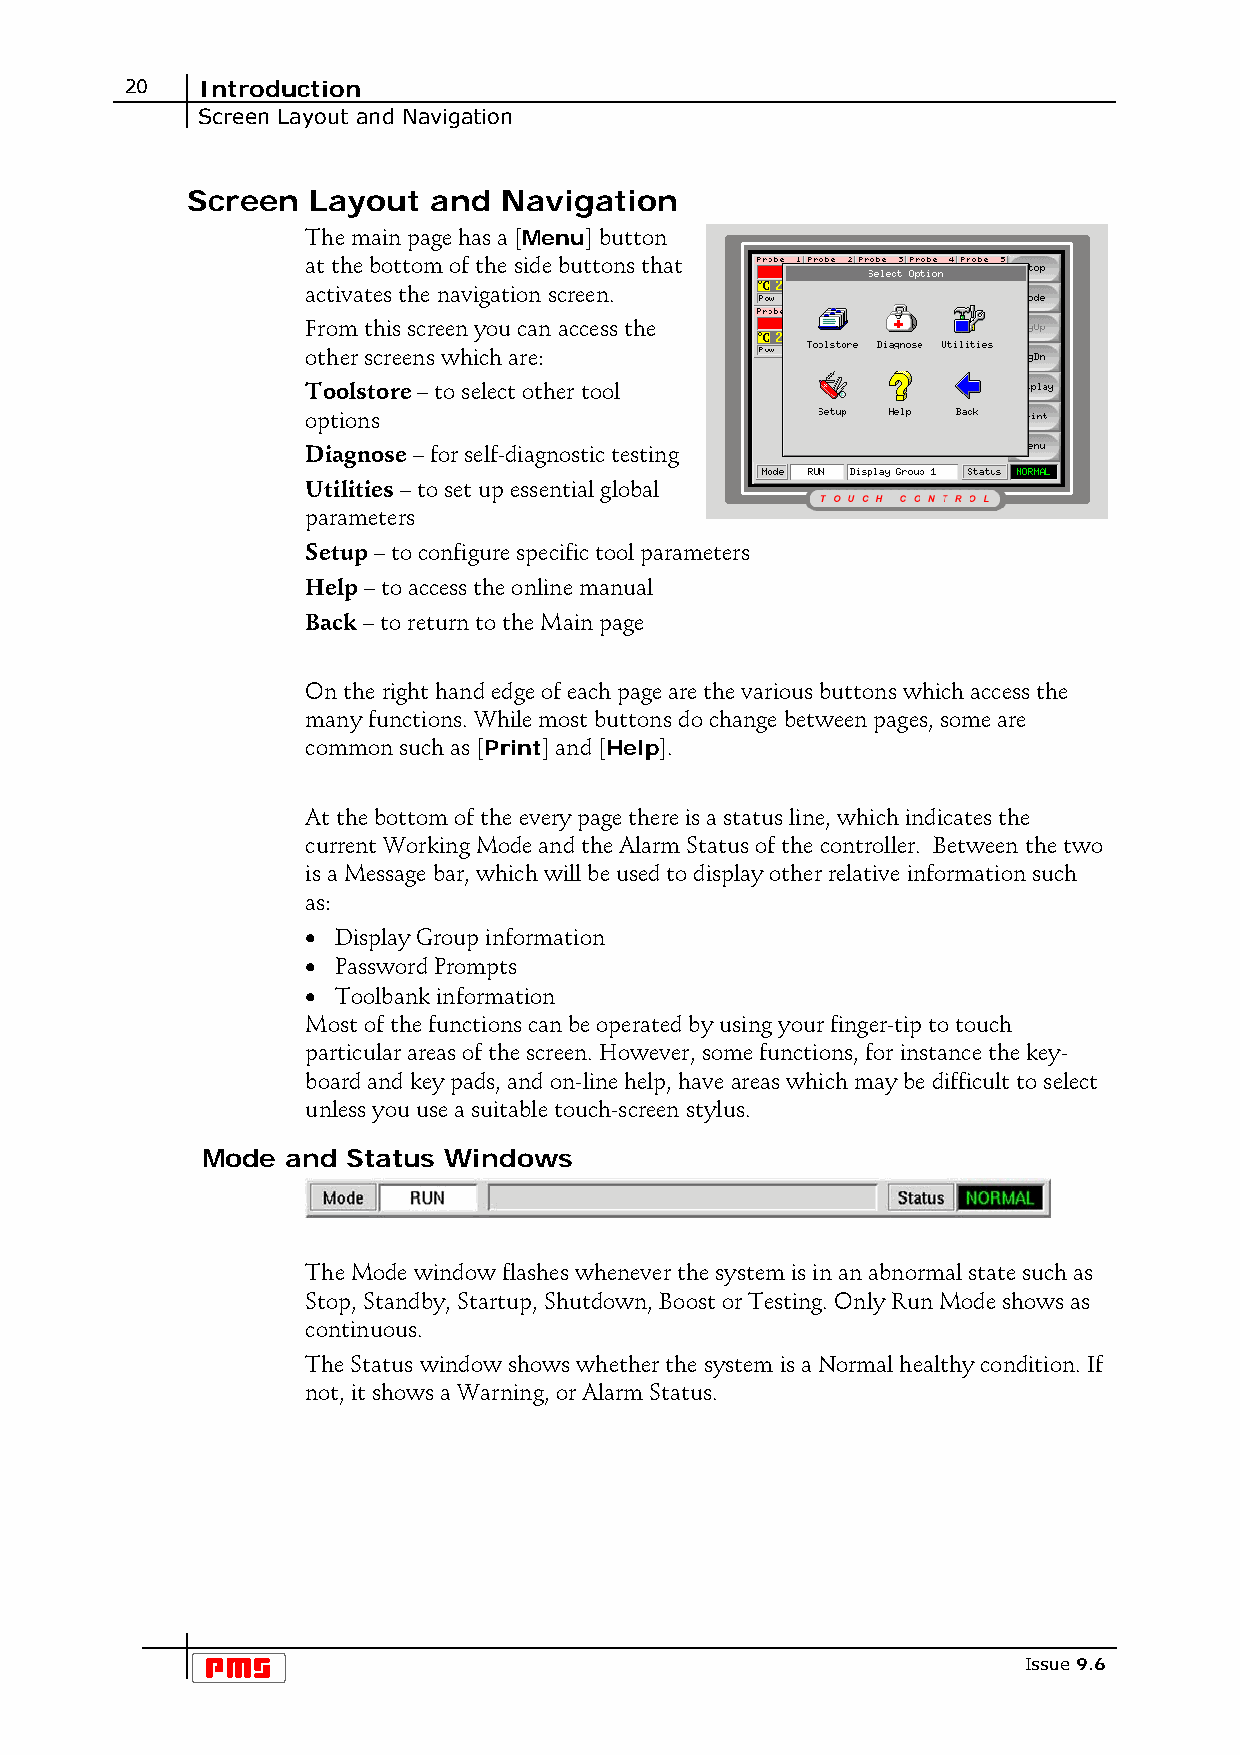
20   Introduction
 Screen Layout and Navigation
 Screen  Layout  and  Navigation
 The main page has a [Menu] button
 at the bottom of the side buttons that
 activates the navigation screen.
 From this screen you can access the
 other screens which are:
 Toolstore – to select other tool
 options
 Diagnose – for self-diagnostic testing
 Utilities – to set up essential global
 parameters
 Setup – to configure specific tool parameters
 Help – to access the online manual
 Back – to return to the Main page
 On the right hand edge of each page are the various buttons which access the
 many functions. While most buttons do change between pages, some are
 common such as [Print] and [Help].
 At the bottom of the every page there is a status line, which indicates the
 current Working Mode and the Alarm Status of the controller. Between the two
 is a Message bar, which will be used to display other relative information such
 as:
 • Display Group information
 • Password Prompts
 • Toolbank information
 Most of the functions can be operated by using your finger-tip to touch
 particular areas of the screen. However, some functions, for instance the key-
 board and key pads, and on-line help, have areas which may be difficult to select
 unless you use a suitable touch-screen stylus.
 Mode  and Status Windows
 The Mode window flashes whenever the system is in an abnormal state such as
 Stop, Standby, Startup, Shutdown, Boost or Testing. Only Run Mode shows as
 continuous.
 The Status window shows whether the system is a Normal healthy condition. If
 not, it shows a Warning, or Alarm Status.
 Issue 9.6